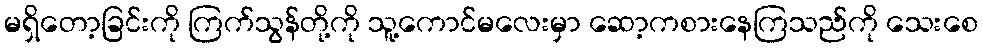
မရှိတော့ခြင်းကို ကြက်သွန်တို့ကို သူ့ကောင်မလေးမှာ ဆော့ကစားနေကြသည်ကို သေးစေ